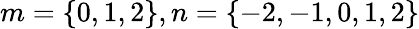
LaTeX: m=\{ 0,1,2\} ,n=\{ -2,-1,0,1,2\}